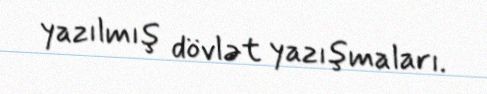
yazılmış dövlət yazışmaları.